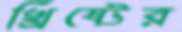
খ্রিষ্টের